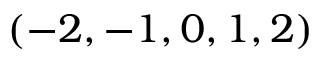
( - 2 , - 1 , 0 , 1 , 2 )